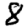
Digit: 8